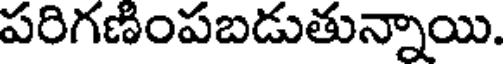
పరిగణింపబడుతున్నాయి.